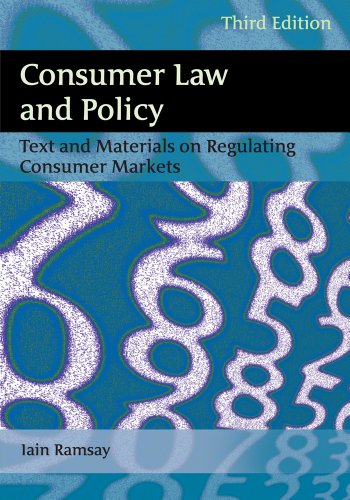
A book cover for Consumer Law and Policy: Text and Materials on Regulating Consumer Markets (Third Edition); Iain Ramsay; Law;